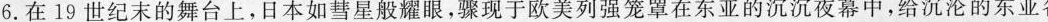
6.在19世纪末的舞台上，日本如彗星般耀眼，骤现于欧美列强笼罩在东亚的沉沉夜幕中，给沉沦的东亚各